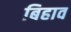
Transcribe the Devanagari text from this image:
बिहाव